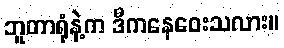
ဘူတာရုံနဲ့က ဒီကနေဝေးသလား။